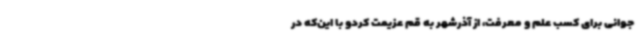
جوانی برای کسب علم و معرفت، از آذرشهر به قم عزیمت کردو با این‌که در